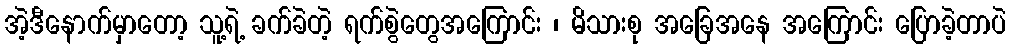
အဲ့ဒီနောက်မှာတော့ သူ့ရဲ့ ခက်ခဲတဲ့ ရက်စွဲတွေအကြောင်း ၊ မိသားစု အခြေအနေ အကြောင်း ပြောခဲ့တာပဲ